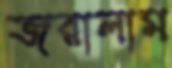
জরালাম